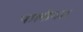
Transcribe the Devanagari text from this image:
पालीगार